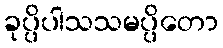
ခုပ္ပိပါသသမပ္ပိတော